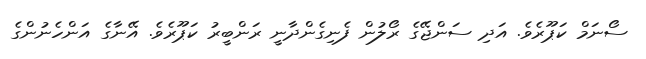
ސޯނަމް ކަޕޫރެވެ. އަދި ސަންޖޭގެ ރޯލުން ފެނިގެންދާނީ ރަންބީރު ކަޕޫރެވެ. އޭނާގެ އަންހެނުންގެ